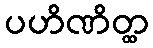
ပဟိဏိတ္ထ